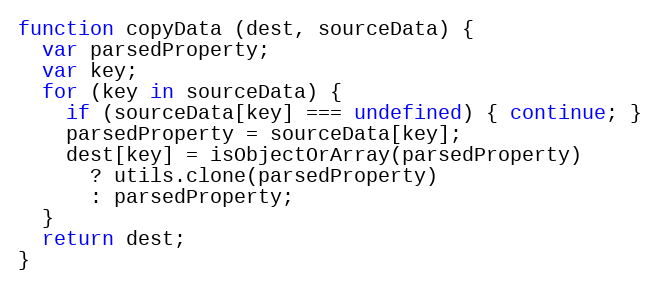
Language: JavaScript
function copyData (dest, sourceData) {
  var parsedProperty;
  var key;
  for (key in sourceData) {
    if (sourceData[key] === undefined) { continue; }
    parsedProperty = sourceData[key];
    dest[key] = isObjectOrArray(parsedProperty)
      ? utils.clone(parsedProperty)
      : parsedProperty;
  }
  return dest;
}